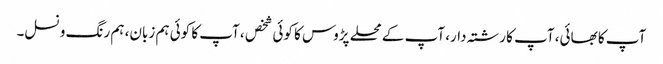
آپ کا بھائی، آپ کا رشتہ دار، آپ کے محلے پڑوس کا کوئی شخص ، آپ کا کوئی ہم زبان، ہم رنگ و نسل۔